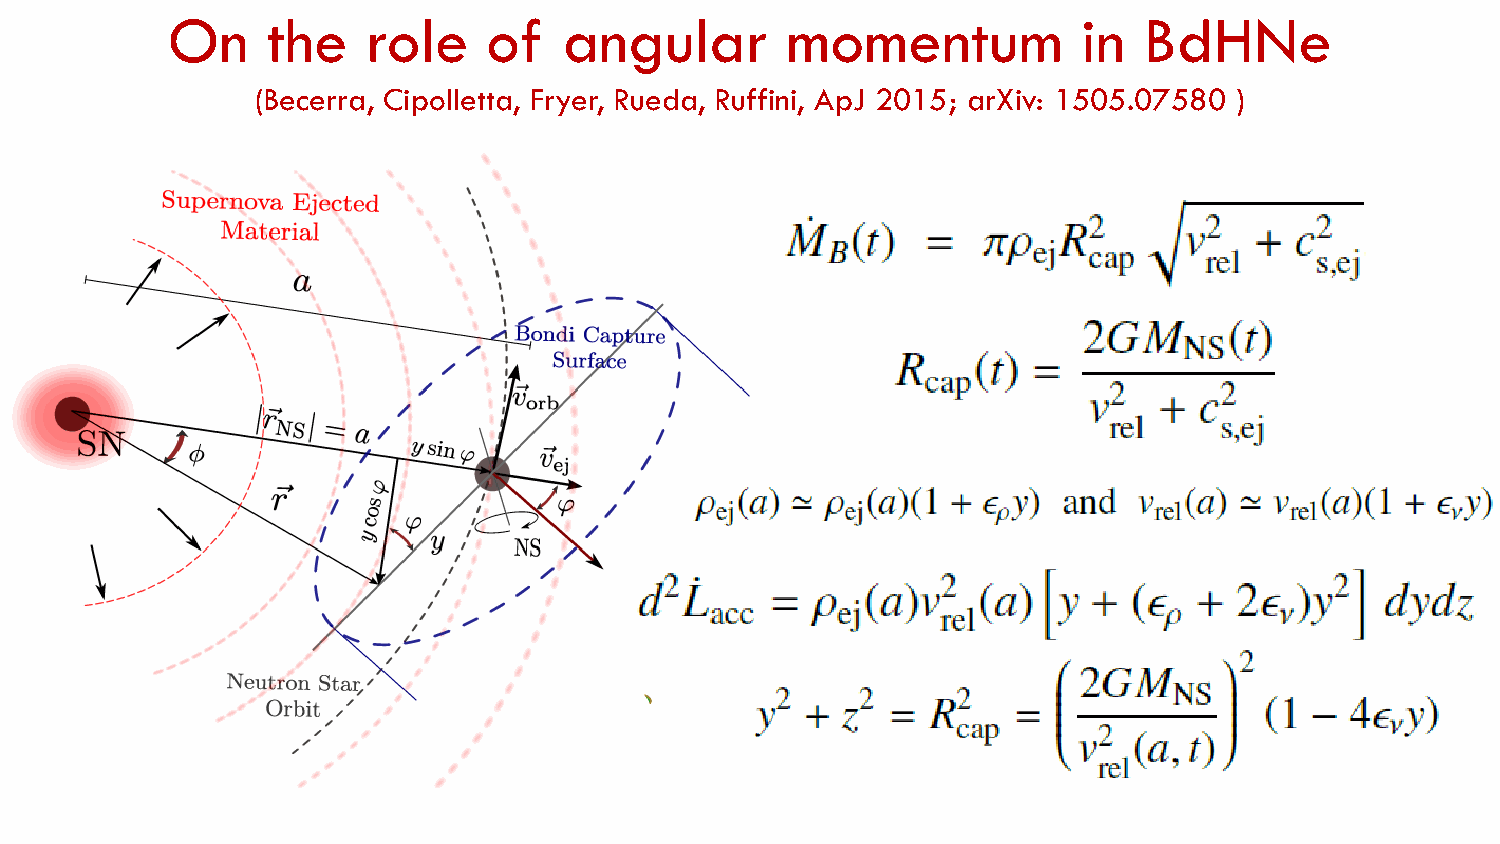
On     the   role    of   angular        momentum            in  BdHNe
 (Becerra, Cipolletta, Fryer, Rueda, Ruffini, ApJ 2015; arXiv: 1505.07580 )